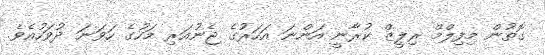
ގޮތުން މިފިލްމް ރިލީޒް ކުރާނީ އަންނަ އަހަރުގެ ޖެނުއަރި މަހުގެ ހަވަނަ ދުވަހުއެވެ.